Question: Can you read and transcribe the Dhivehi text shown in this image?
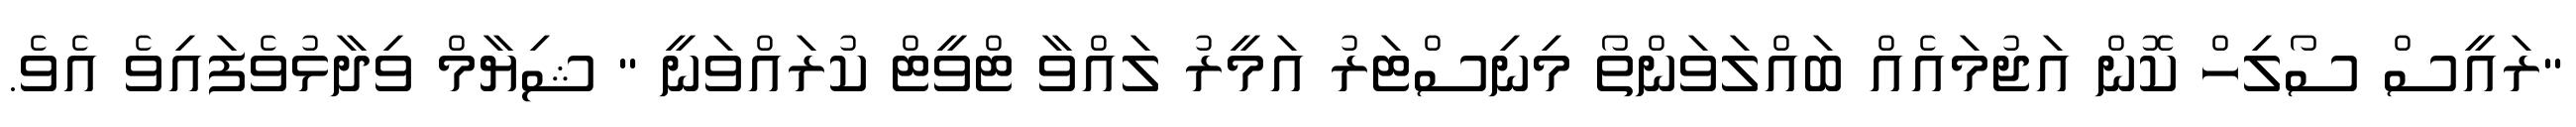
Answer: "ރައީސް ސޯލިހް ކޮން އަޖުމައެއް ބައްލަވަންތޯ މިނިސްޓަރު އަމީރު ލައްވާ ޓްވީޓް ކުރައްވަނީ " ޝިޔާމް ވިދާޅުވެފައިވެ އެވެ.